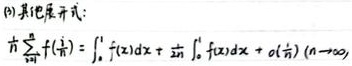
(2) 其展开式：
\[\frac{1}{n} \sum_{k = 1}^{n} f(\frac{k}{n}) = \int_{0}^{1} f(x)dx + \frac{1}{2n} \int_{0}^{1} f(x)dx + o(\frac{1}{n}) (n \to \infty)\]